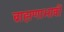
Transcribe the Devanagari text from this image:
ब्राह्मणाभावीं